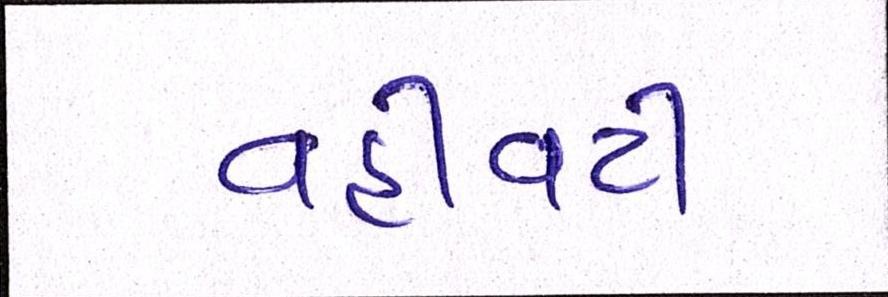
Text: વહીવટી